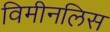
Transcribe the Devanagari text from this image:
विमीनलिस